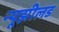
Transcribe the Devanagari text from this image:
न्यूझीलड